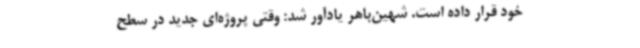
خود قرار داده است. شهین‌باهر یادآور شد: وقتی پروژه‌ای جدید در سطح